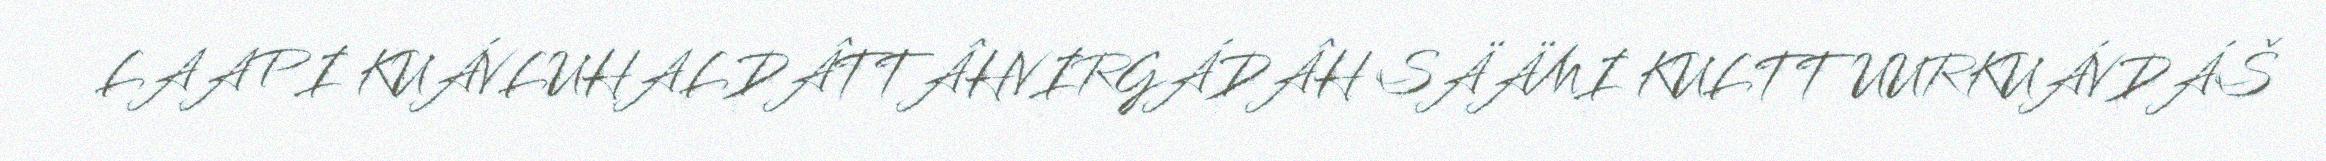
LAAPI KUÁVLUHALDÂTTÂHVIRGÁDÂH SÄÄMI KULTTUURKUÁVDÁŠ